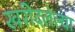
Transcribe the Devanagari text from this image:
खरीदलेल्या